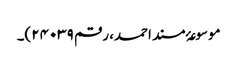
موسوعۂ مسند احمد، رقم ۲۴۰۳۹)۔